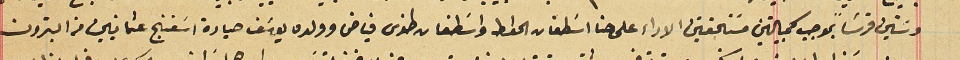
وسَتين قرشاً بموجب كمبيالتين مسَتحقتين الاداء على حنا اسَطفان الحواط واسَطفان طنوس فياض وولده يوسَف صيادة اسَفنج عثمانيين من البترون